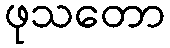
ဖုသတော